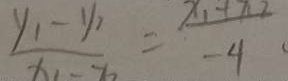
\frac { y _ { 1 } - y _ { 2 } } { x _ { 1 } - x _ { 2 } } = \frac { x _ { 1 } + x _ { 2 } } { - 4 }